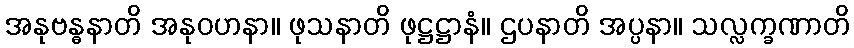
အနုဗန္ဓနာတိ အနုဝဟနာ။ ဖုသနာတိ ဖုဋ္ဌဋ္ဌာနံ။ ဌပနာတိ အပ္ပနာ။ သလ္လက္ခဏာတိ